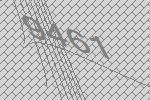
9461